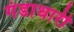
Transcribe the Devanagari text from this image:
गंडाधारी